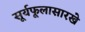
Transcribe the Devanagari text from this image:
सूर्यफूलासारखे